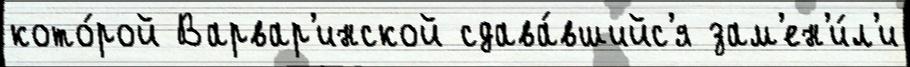
кото́рой Варвар'инской сдава́вшийс'я зам'ен'и́л'и